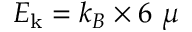
E _ { \mathrm { k } } = k _ { B } \times 6 ~ \mu